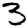
Digit: 3